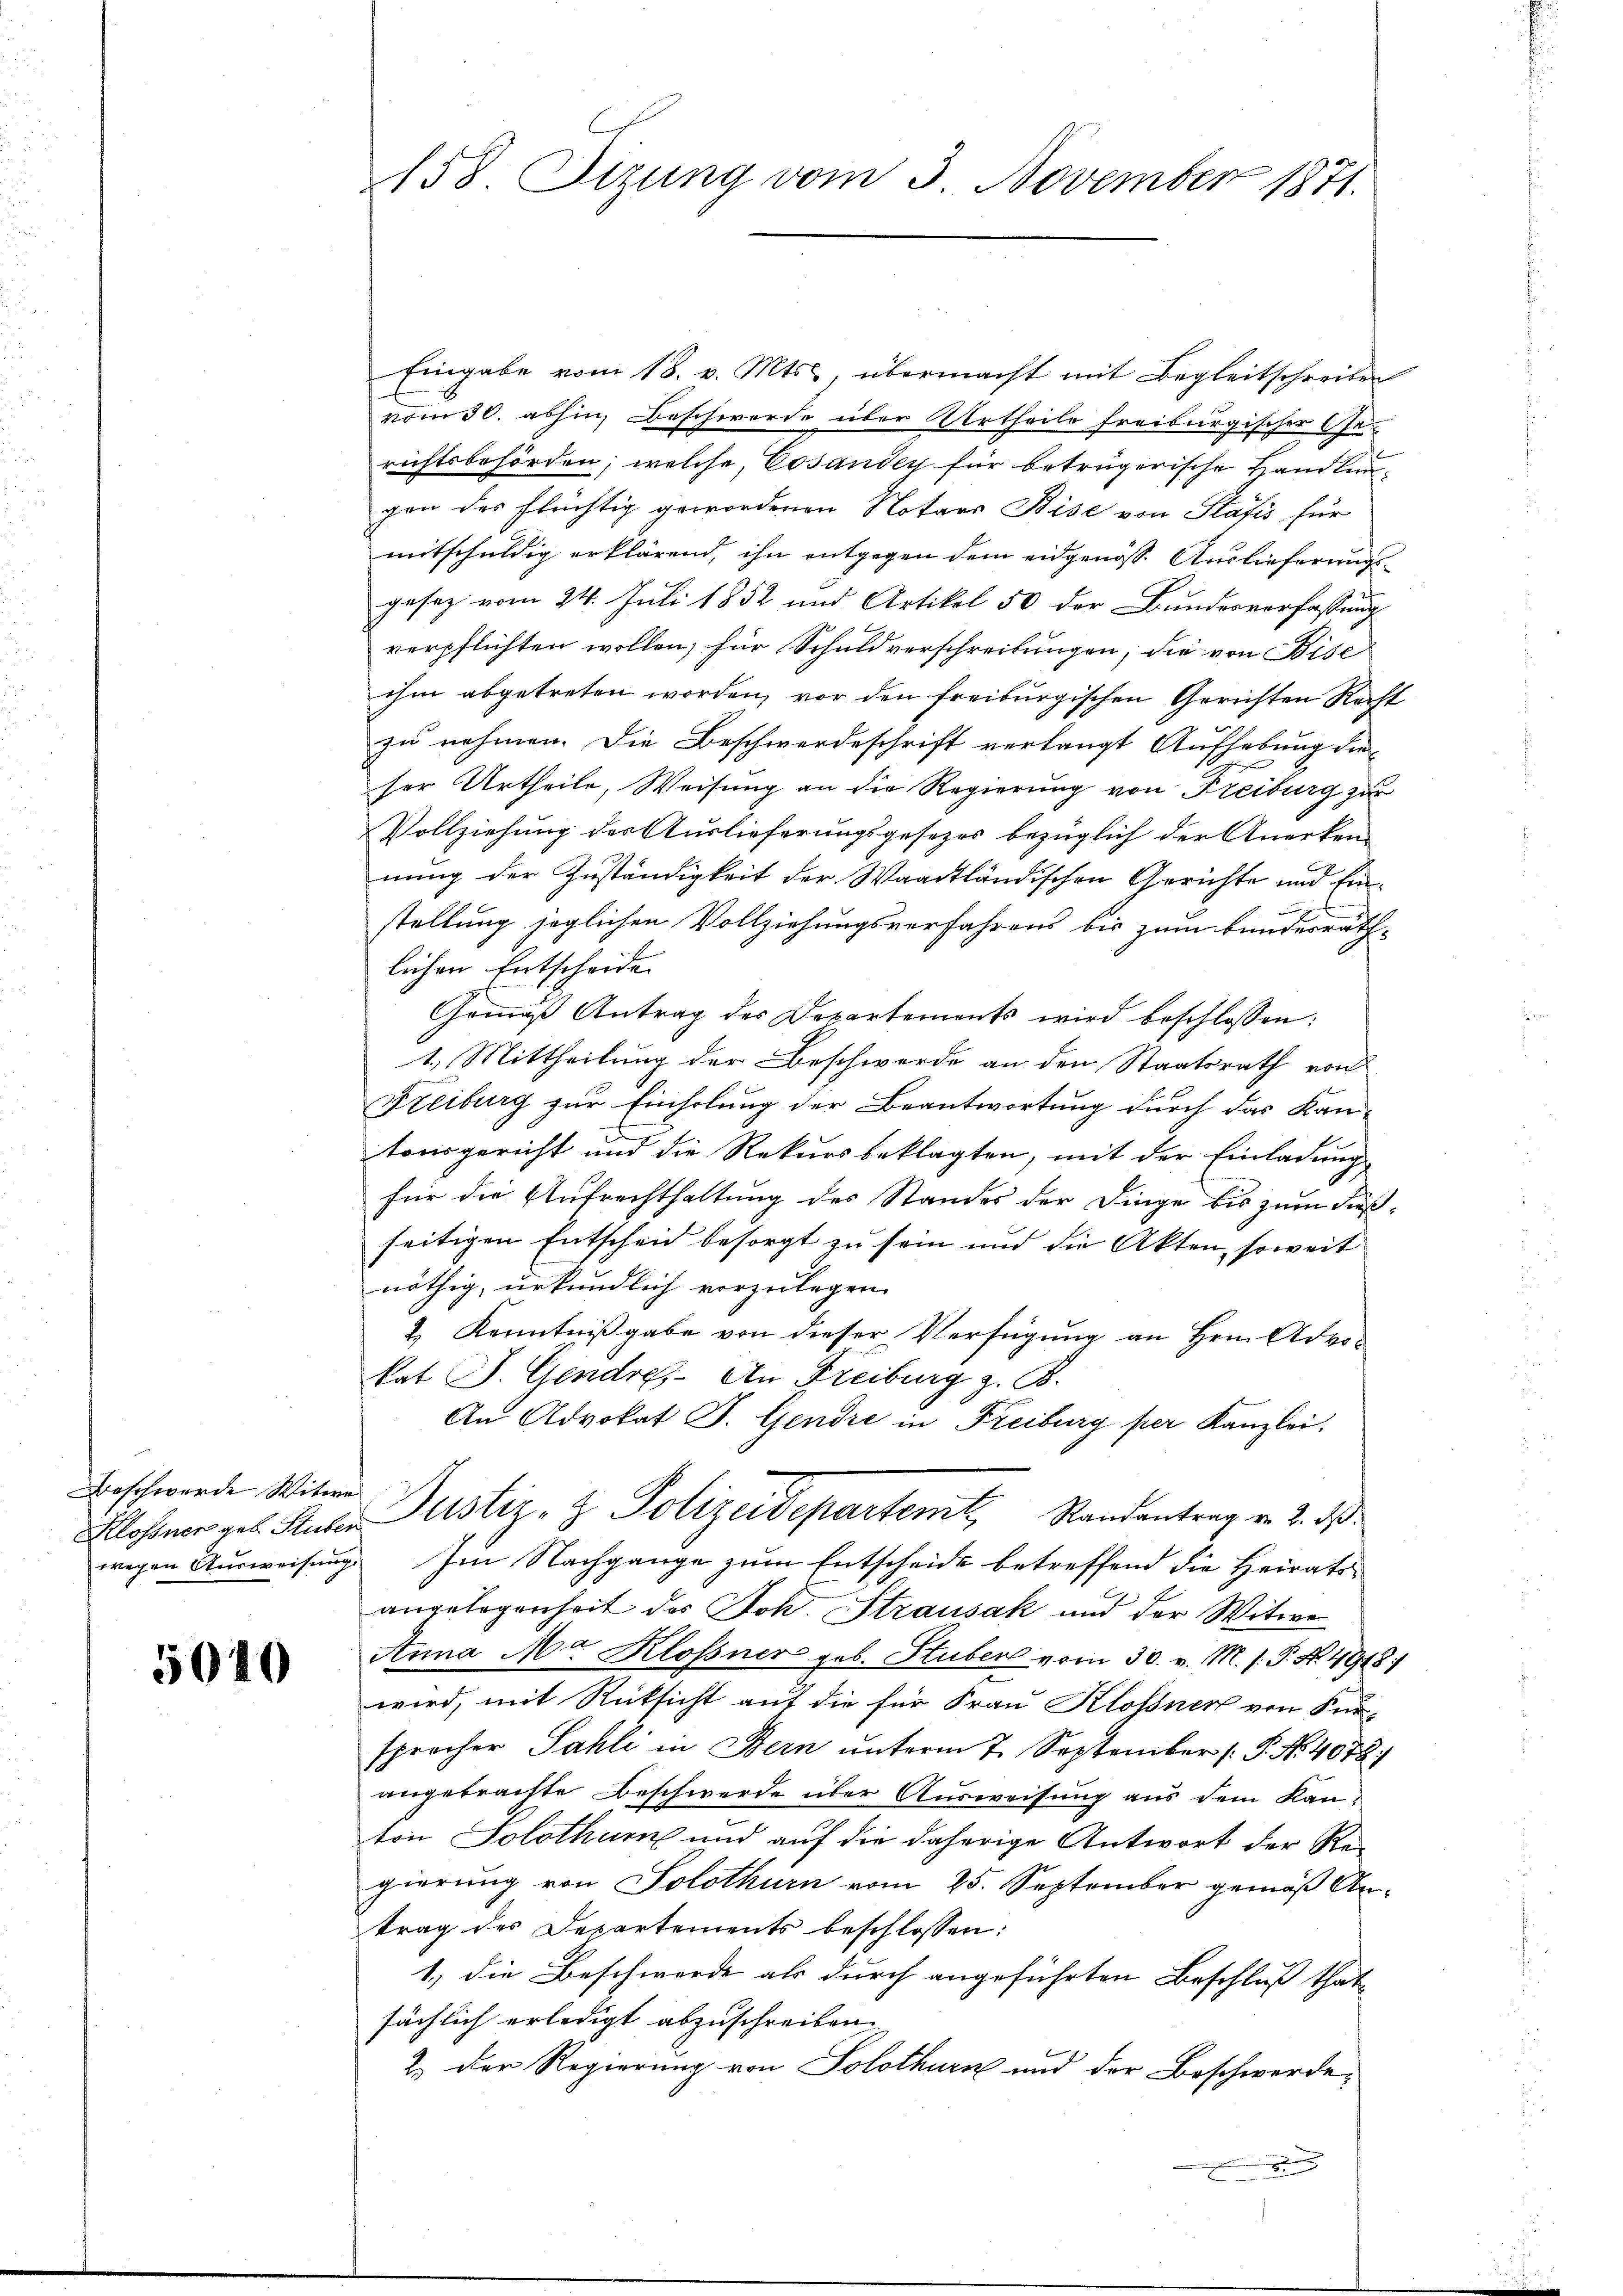
Beschwerde Witwe

5010

Eingabe vom 18. v. Mts., übermacht mit Begleitschreiben
vom 30. abhin, Beschwerde über Urtheile freiburgischer Gerichtsbehörden, welche, Cosanden für betrügerische Handlungen des flüchtig gewordenen Notars Bise von Plasis für
mitschuldig erklärend, ihn entgegen dem eidgenöss. Auslieferungsgesez vom 24. Juli 1852 und Artikel 50 der Bundesverfassung
verpflichten wollen, für Schuldverschreibungen, die von Bise
ihm abgetreten worden, vor den freiburgischen Gerichten Recht
zu nehmen. Die Beschwerdeschrift verlangt Aufhebung die
ser Urtheile, Weisung an die Regierung von Freiburg zur
Vollziehung des Auslieferungsgesezes bezüglich der Anerken-
nung der Zuständigkeit der Waadtländischen Gerichte und Ein
stellung jeglichen Vollziehungsverfahrens bis zum Bundesräthlichen Entscheide
Gemäβ Antrag des Departements wird beschlossen:
1. Mittheilung der Beschwerde an den Staatsrath von
Freiburg zur Einholung der Beantwortung durch das Kantonsgericht und die Rekursbeklagten, mit der Einladung
für die Aufrechthaltung des Standes der Dinge bis zum Fießseitigen Entscheid besorgt zu sein und die Akten, soweit
nöthig, urkundlich vorzulegen.
2.) Kenntnißgabe von dieser Verfügung an Hrn. Advokat J. Gendre. An Freiburg z. B.
An Advokat J. Gendre in Freiburg per Kanzlei,
Allofner geb. Huber Justiz- & Polizeidepartent Standentrag v. 2. ds
wegen Ausweisung Im Nachgange zum Entscheide betreffend die Heiratsangelegenheit des Joh. Strausak und der Witwe
Anna Ma Klofner geb. Stuben vom 30. v. M. h. T. No. 4918.
wird, mit Rücksicht auf die für Frau Klossner von Kur-
sprocher Sahli in Bern unterm 7. September P. Nr. 4078)
angebrachte Beschwerde über Ausweisung aus dem Kanton Solothum und auf die daherige Antwort der Re-
gierung von Solothurn vom 25. September gemäß Antrag des Departements beschlossen:
1.) die Beschwerde als durch angeführten Beschluß that-
sächlich erledigt abzuschreiben.
2.) Der Regierung von Solothurn und der Beschwerde-
.

158 Tizung vom 3. November 1871.